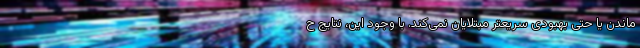
ماندن یا حتی بهبودی سریعتر مبتلایان نمی‌کند. با وجود این، نتایج ح